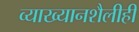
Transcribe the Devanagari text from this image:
व्याख्यानशैलीही